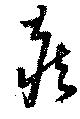
蔵